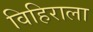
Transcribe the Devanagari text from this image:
विहिराला